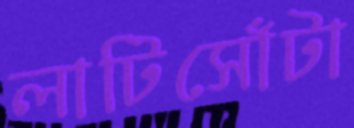
লাটিসোঁটা